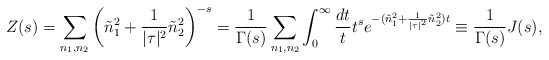
\begin{align*}Z(s)=\sum_{n_1,n_2}\left(\tilde{n}_1^2+\frac {1}{|\tau|^2}\tilde{n}_2^2\right) ^{-s}=\frac{1}{\Gamma (s)}\sum _{n_1,n_2}\int _{0}^{\infty}\frac {dt}{t}t^se^{-(\tilde{n}_1^2+\frac {1}{|\tau|^2}\tilde{n}_2^2)t}\equiv\frac{1} {\Gamma(s)}J(s),\end{align*}